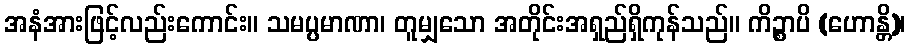
အနံအားဖြင့်လည်းကောင်း။ သမပ္ပမာဏာ၊ တူမျှသော အတိုင်းအရှည်ရှိကုန်သည်။ ကိဉ္စာပိ (ဟောန္တိ)၊